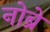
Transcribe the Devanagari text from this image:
नोब्रे